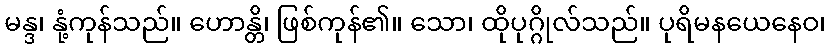
မန္ဒ၊ နုံ့ကုန်သည်။ ဟောန္တိ၊ ဖြစ်ကုန်၏။ သော၊ ထိုပုဂ္ဂိုလ်သည်။ ပုရိမနယေနေဝ၊